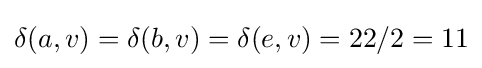
\delta (a,v)=\delta (b,v)=\delta (e,v)=22/2=11